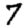
Digit: 7